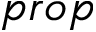
p r o p